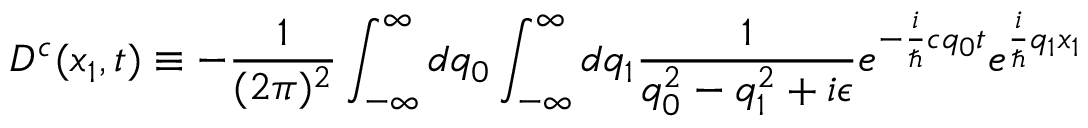
D ^ { c } ( x _ { 1 } , t ) \equiv - \frac { 1 } { ( 2 \pi ) ^ { 2 } } \int _ { - \infty } ^ { \infty } d q _ { 0 } \int _ { - \infty } ^ { \infty } d q _ { 1 } \frac { 1 } { q _ { 0 } ^ { 2 } - q _ { 1 } ^ { 2 } + i \epsilon } e ^ { - \frac { i } { \hbar } c q _ { 0 } t } e ^ { \frac { i } { \hbar } q _ { 1 } x _ { 1 } }